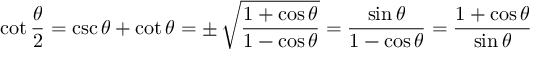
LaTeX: \cot { \frac { \theta } { 2 } } = \csc \theta + \cot \theta = \pm \, { \sqrt { \frac { 1 + \cos \theta } { 1 - \cos \theta } } } = { \frac { \sin \theta } { 1 - \cos \theta } } = { \frac { 1 + \cos \theta } { \sin \theta } }